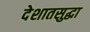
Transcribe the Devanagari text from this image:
देशातसुद्धा